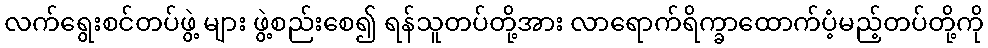
လက်ရွေးစင်တပ်ဖွဲ့ များ ဖွဲ့စည်းစေ၍ ရန်သူတပ်တို့အား လာရောက်ရိက္ခာထောက်ပံ့မည့်တပ်တို့ကို